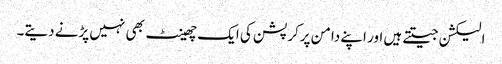
الیکشن جیتتے ہیں اور اپنے دامن پرکرپشن کی ایک چھینٹ بھی نہیں پڑنے دیتے۔